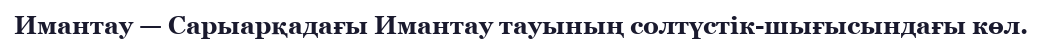
Имантау — Сарыарқадағы Имантау тауының солтүстік-шығысындағы көл.